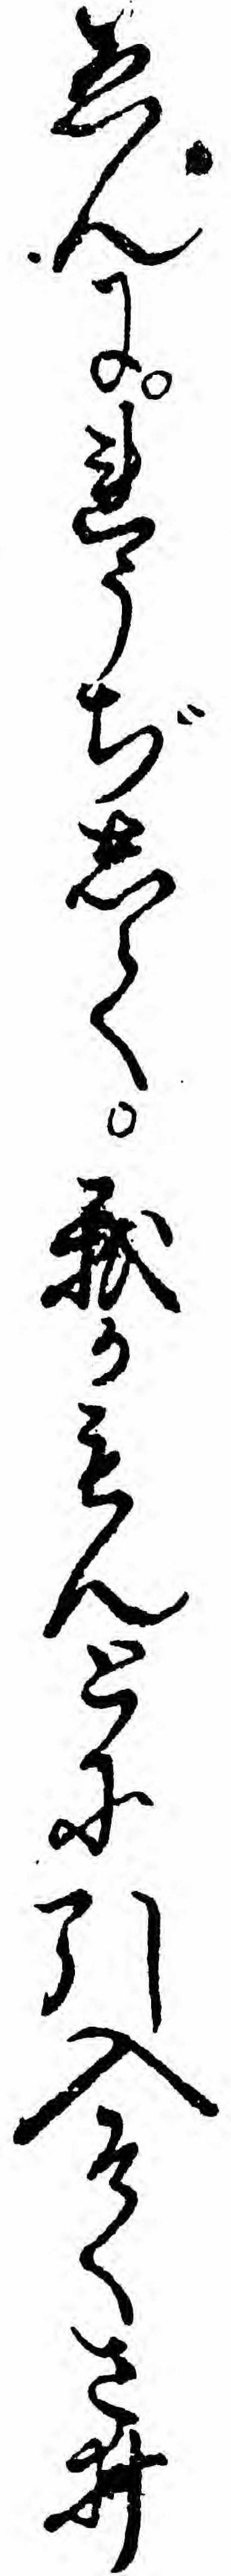
ゑんにれうぢして我かもんとに引入そくさゐ